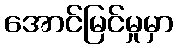
အောင်မြင်မှုမှာ